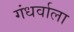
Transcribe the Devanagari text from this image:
गंधर्वाला